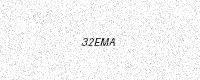
Text: 32EMA